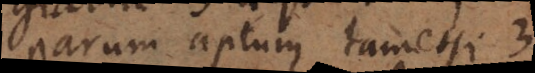
parum aptum, tametsi 3